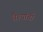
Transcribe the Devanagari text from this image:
वैश्यांची